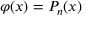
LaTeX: \varphi ( x ) = P _ { n } ( x )